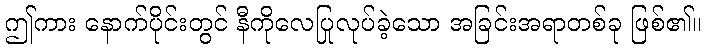
ဤကား နောက်ပိုင်းတွင် နီကိုလေပြုလုပ်ခဲ့သော အခြင်းအရာတစ်ခု ဖြစ်၏။